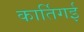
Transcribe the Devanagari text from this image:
कार्तिगई